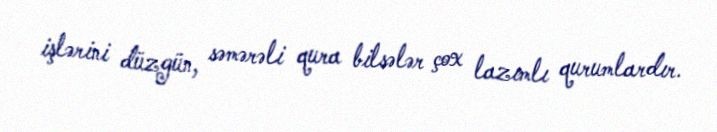
işlərini düzgün, səmərəli qura bilsələr çox lazımlı qurumlardır.